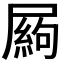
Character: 𡳍